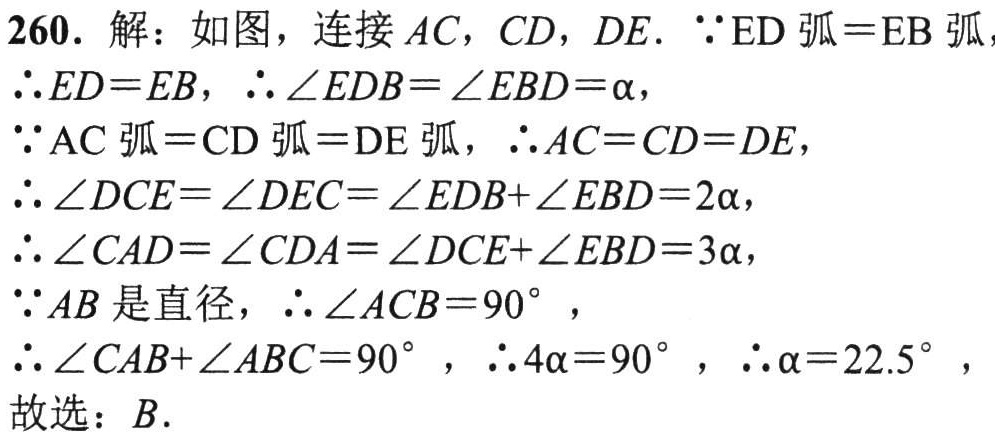
260. 解：如图，连接 \(AC\)，\(CD\)，\(DE\). \(\because\overset{\frown}{ED}=\overset{\frown}{EB}\)，
\(\therefore ED = EB\)，\(\therefore\angle EDB=\angle EBD = \alpha\)，
\(\because\overset{\frown}{AC}=\overset{\frown}{CD}=\overset{\frown}{DE}\)，\(\therefore AC = CD = DE\)，
\(\therefore\angle DCE=\angle DEC=\angle EDB+\angle EBD = 2\alpha\)，
\(\therefore\angle CAD=\angle CDA=\angle DCE+\angle EBD = 3\alpha\)，
\(\because AB\) 是直径，\(\therefore\angle ACB = 90^{\circ}\)，
\(\therefore\angle CAB+\angle ABC = 90^{\circ}\)，\(\therefore 4\alpha = 90^{\circ}\)，\(\therefore\alpha = 22.5^{\circ}\)，
故选：\(B\).